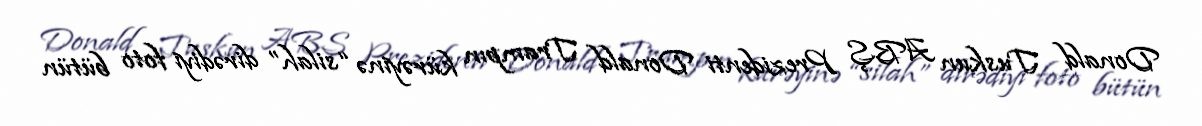
Donald Tuskun ABŞ Prezidenti Donald Trampın kürəyinə “silah” dirədiyi foto bütün